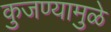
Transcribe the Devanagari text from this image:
कुजण्यामुळे